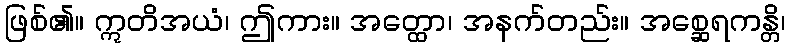
ဖြစ်၏။ ဣတိအယံ၊ ဤကား။ အတ္ထော၊ အနက်တည်း။ အစ္ဆေရကန္တိ၊